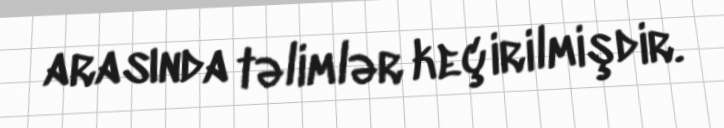
arasında təlimlər keçirilmişdir.